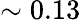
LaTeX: \sim 0.13